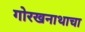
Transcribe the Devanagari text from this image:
गोरखनाथाचा